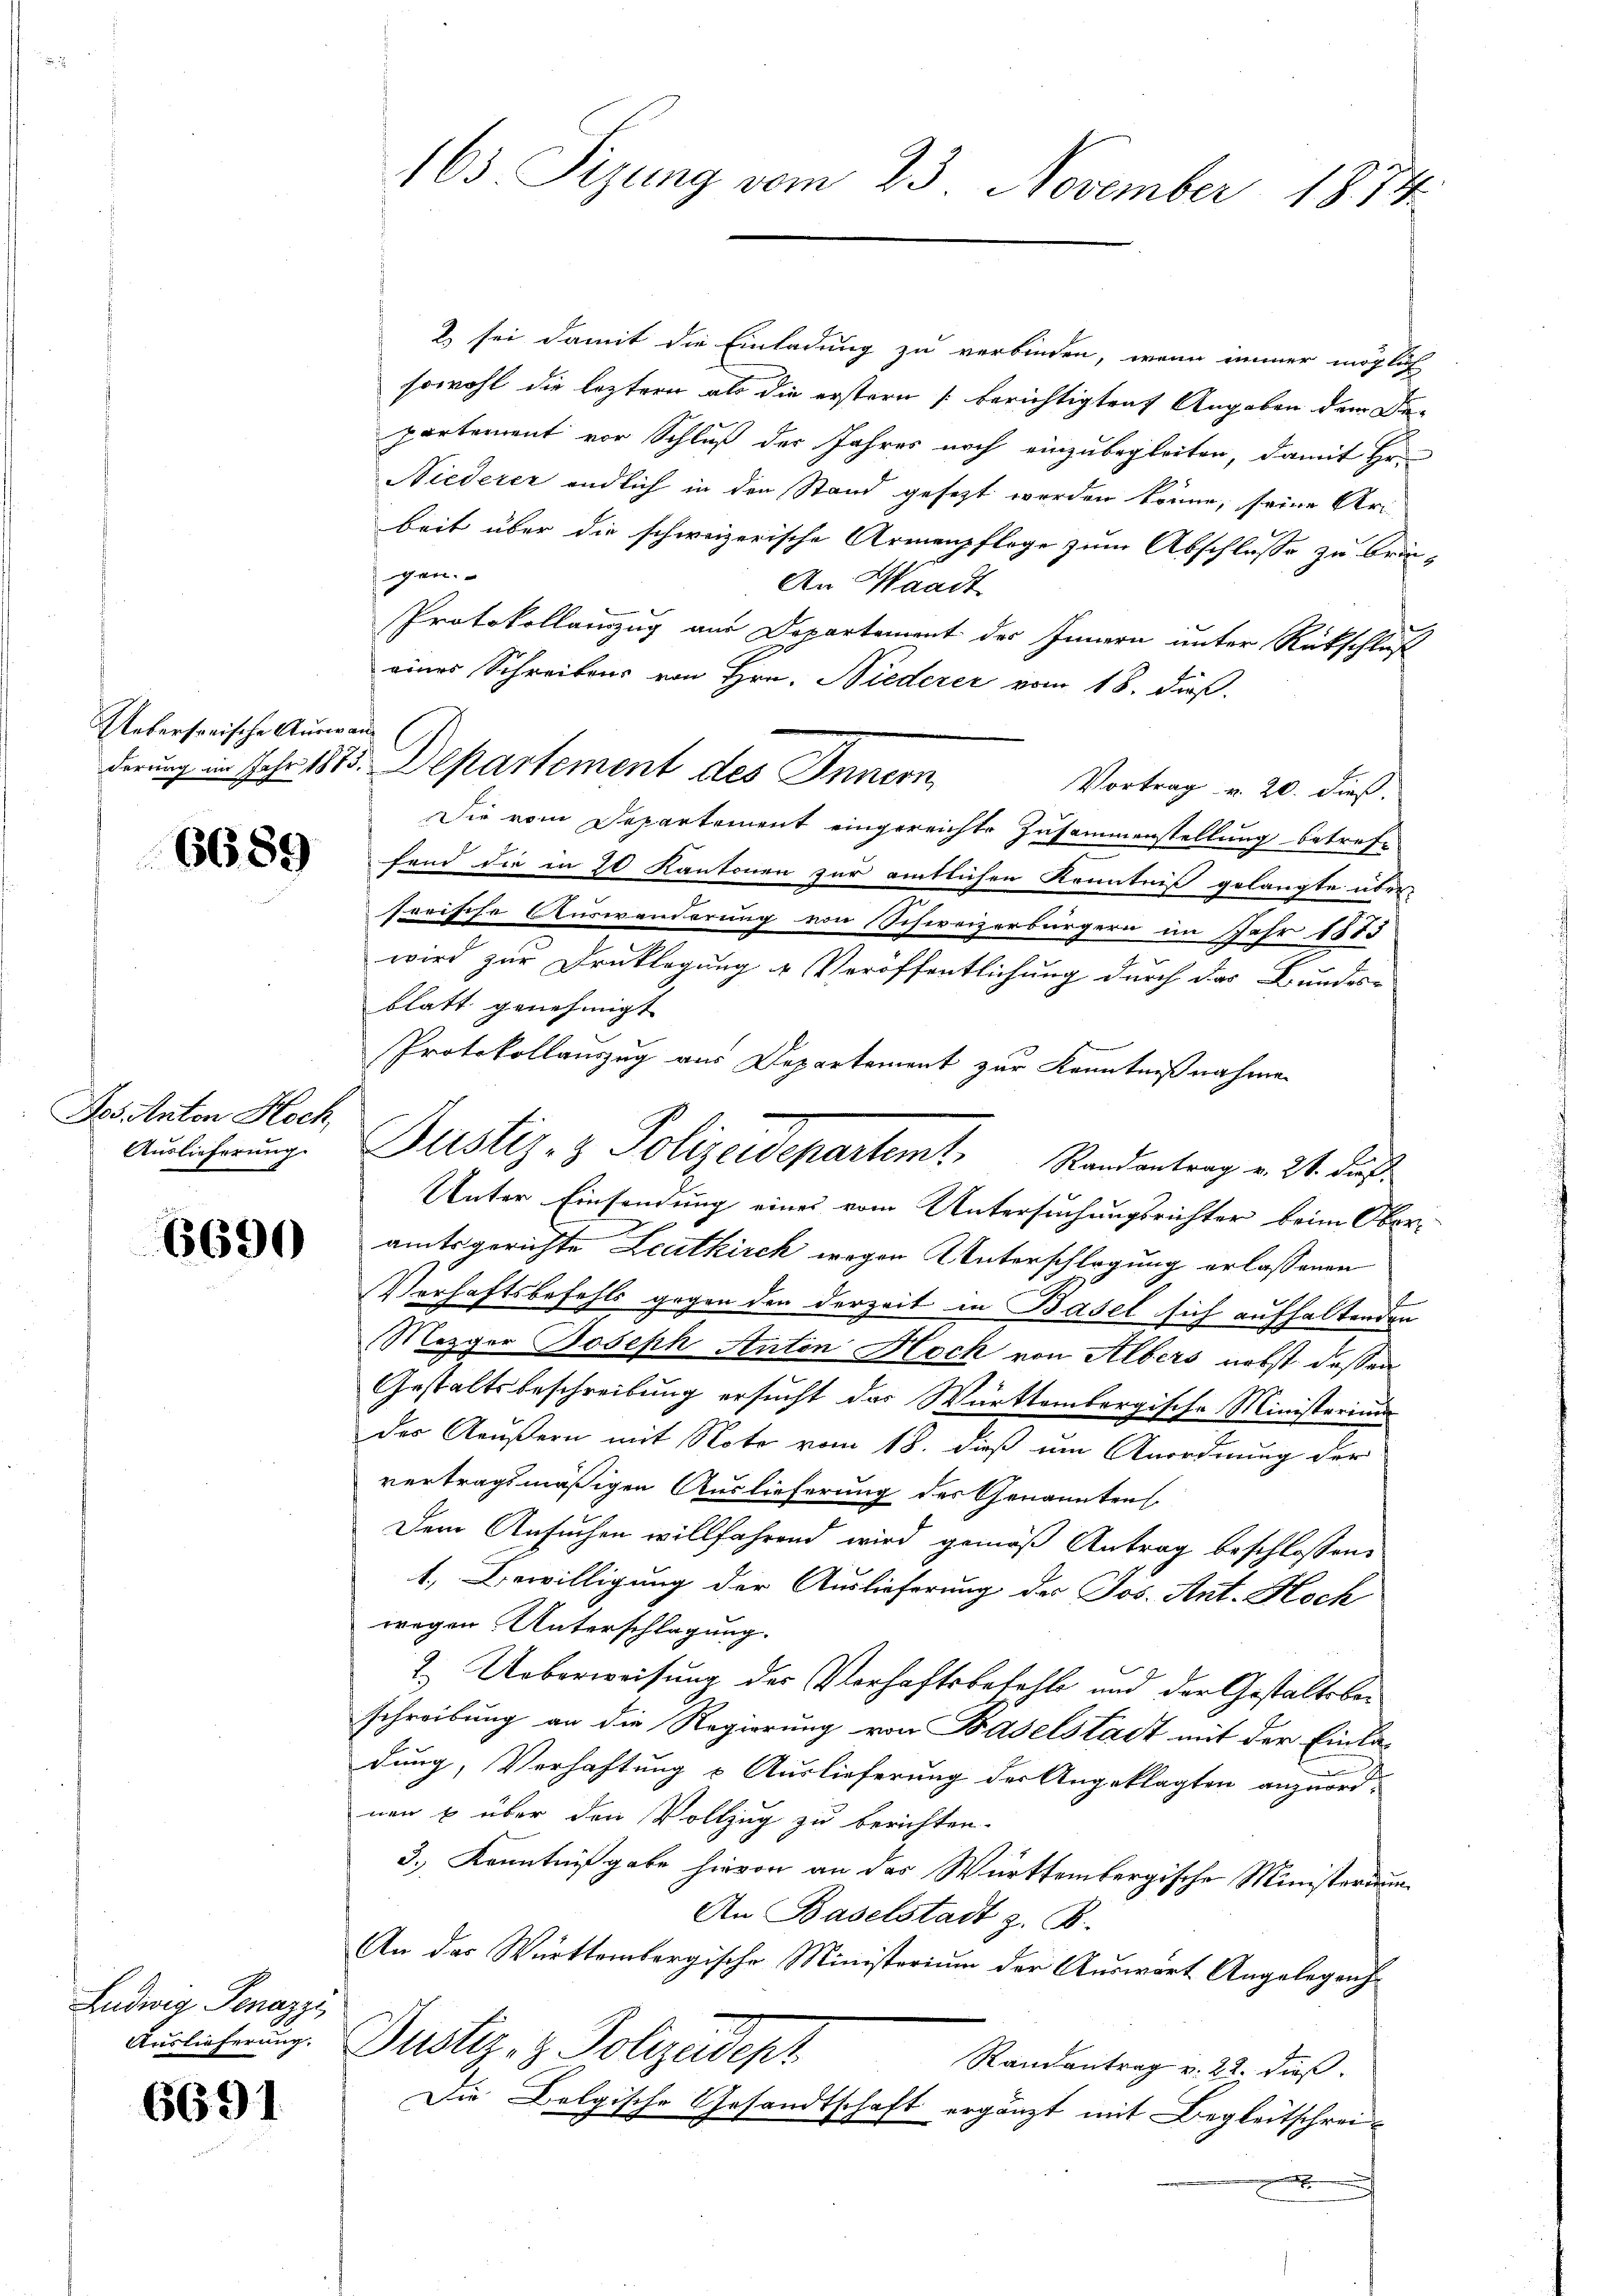
Uebersorische Auswand

Jos. Anton Hoch

Ludwig Penazzi

6691

2 sei damit die Einladung zu verbinden, wenn immer möglich
sowohl die leztern als die erstern berichtigten Angaben dem De-
partement vor Schluß der Jahres noch einzubegleiten, damit Hr.
Niederer endlich in den Stand gesezt werden könne, seine Uri-
beit über die schweizerische Armenpflege zum Abschlusse zu bringen.
An Waadt
Protokollauszug aus Departement des Innern unter Rückschluß
eines Schreibens von Hrn. Niederer vom 18. dieß.
Vortrag u. 20. dieß.
Die vom Departement eingereichte Zusammenstellung betref¬
 fand die in 20 Kantonen zur amtlichen Kenntniß gelangte übersorische Auswanderung von Schweizerbürgern im Jahr 1885
wird zur Drucklegung u Veröffentlichung durch das Bundes-
blatt genehmigt |
Protokollauszug aus Departement zur Kenntnißnahme
Ausicherung. Justiz- & Polizeidepartemt, Randantrag v. 24. dieß
Unter Einsendung eines vom Untersuchungsrichter beim Ober¬
 amtsgerichte Leatkirch wegen Unterschlagung erlassenen
Verhaftsbefehls gegen den derzeit in Basel sich aufhaltenden
Mezger Joseph Antin Hoch von Albers nebst dessen
Gestaltsbeschreibung ersucht das Württembergische Ministerium
des Aeußern mit Note vom 18. dieß um Anordnung der
vertragsmäßigen Auslieferung der Genannten
Dem Ansuchen willfährend wird gemäß Antrag beschlossene
1. Bewilligung der Auslieferung der Jos. Ant. Hoch
wegen Unterschlagung.
2. Ueberweisung der Verhaftsbefehle und der Gestaltsbeschreibung an die Regierung von Baselstadt mit der Einladung, Verhaftung & Auslieferung der Angeklagten anzuordnen & über den Vollzug zu berichten.
3.) Kenntnißgabe hievon an das Württembergische Ministerium
An Baselstadt z. B.
An das Württembergische Ministerium der Auswart Angelegenh
Auslieferung. Dustiz- & Polizeidept
Randantrag v. 22. dieß
Die Belgische Gesandtschaft ergänzt mit Begleitschrei-
x

163. Sizung vom 23. November 1874.

derung im Jahr 1875. Departement des Innern,